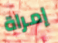
إمراة